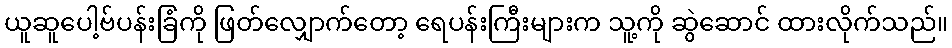
ယူဆူပေါ့ဗ်ပန်းခြံကို ဖြတ်လျှောက်တော့ ရေပန်းကြီးများက သူ့ကို ဆွဲဆောင် ထားလိုက်သည်။